King Institute of Preventive Medicine Micro-Biological Section reports 1909-11
Year: 1909
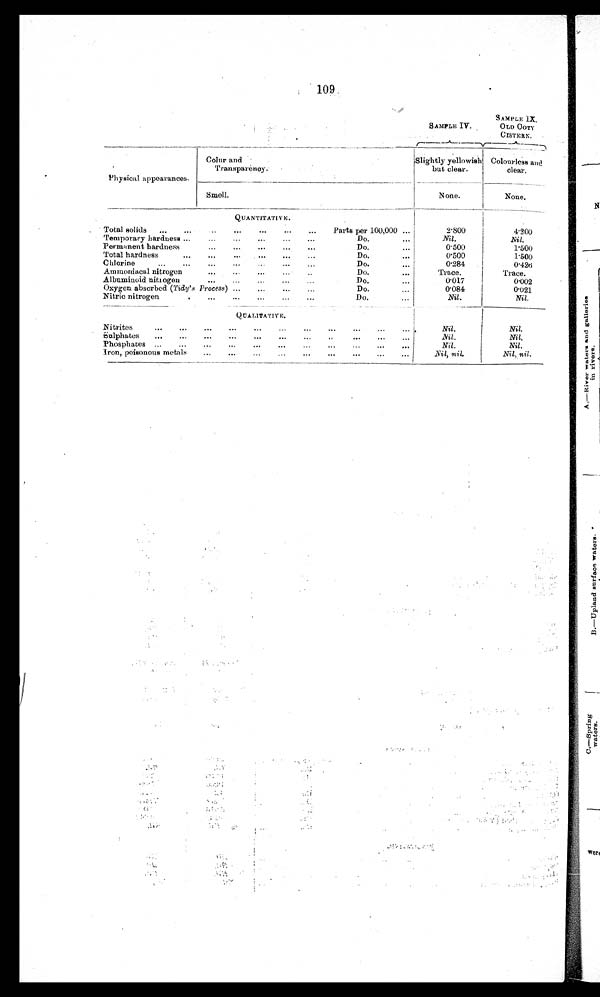
109
SAMPLE IV.
SAMPLE 1X.
OLD OoTY
CISTERN.
Physical appearances.
Colur and
Transparency.
Slightly yellowish
but clear.
Colourless and
clear.
Smell.
None.
None.
Q U A N T I T A T I V E .
Total solids . . .
Parts per 100,000 . . .
2.800
4.200
Nil.
Nil.
Do. . . .
Temporary hardness . . .
0.500
1.500
Do. . . .
Permanent hardness . . .
Do. . . .
0.500
1.500
Total hardness . . .
0.284
0.426
Do. . . .
Chlorine . . .
Do. . . .
Trace.
Trace.
Ammoniacal nitrogen . . .
0.017
0.002
Do. . . .
Albuminoid nitrogen . . .
D o . . . .
0.084
0.021
Oxygen absorbed (Tidy's Process) . . .
Nil.
Nil.
Do. . . .
Nitric nitrogen . . .
QUALITATIVE.
Ni trite s . . .
Nil.
Nil.
Nil.
Nil.
Sulphates . . .
Nil.
Nil.
Phosphates . . .
Nil, nil.
Nil , nil.
Iron, poisonous metals . . .